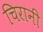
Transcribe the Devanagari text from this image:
चिरानी